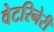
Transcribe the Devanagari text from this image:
वेटरिनेरी